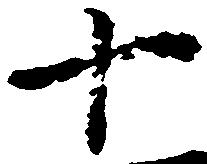
十